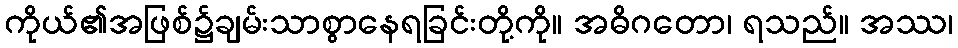
ကိုယ်၏အဖြစ်၌ချမ်းသာစွာနေရခြင်းတို့ကို။ အဓိဂတော၊ ရသည်။ အဿ၊